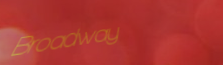
Broadway